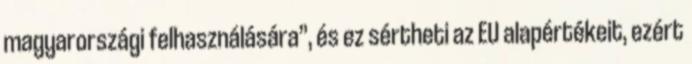
magyarországi felhasználására”, és ez sértheti az EU alapértékeit, ezért